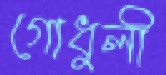
গোধুলী